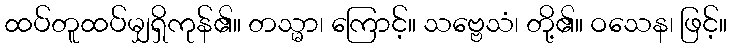
ထပ်တူထပ်မျှရှိကုန်၏။ တသ္မာ၊ ကြောင့်။ သဗ္ဗေသံ၊ တို့၏။ ဝသေန၊ ဖြင့်။